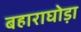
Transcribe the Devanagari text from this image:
बहाराघोड़ा